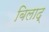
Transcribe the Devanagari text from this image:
बिलाद्